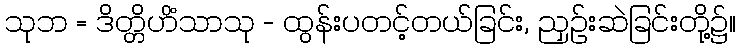
သုဘ = ဒိတ္တိဟိံသာသု - ထွန်းပတင့်တယ်ခြင်း, ညှဉ်းဆဲခြင်းတို့၌။